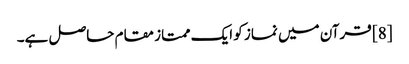
[8] قرآن میں نماز کو ایک ممتاز مقام حاصل ہے۔